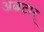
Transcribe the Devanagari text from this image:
अल्बटार्